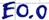
Text: E0.0